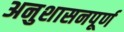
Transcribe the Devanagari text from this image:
अनुशासनपूर्ण